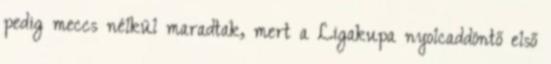
pedig meccs nélkül maradtak, mert a Ligakupa nyolcaddöntő első